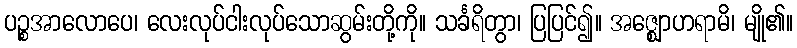
ပဉ္စအာလောပေ၊ လေးလုပ်ငါးလုပ်သောဆွမ်းတို့ကို။ သင်္ခရိတွာ၊ ပြပြင်၍။ အဇ္ဈောဟရာမိ၊ မျို၏။